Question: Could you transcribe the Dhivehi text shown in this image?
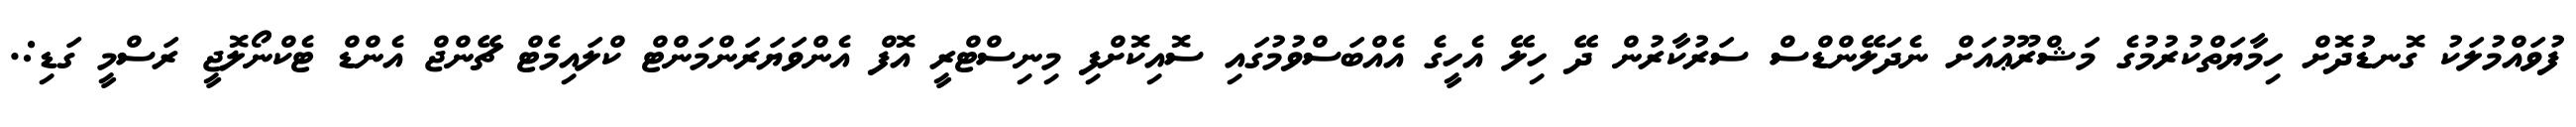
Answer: ފުވައްމުލަކު ގޮނޑުދޮށް ހިމާޔަތްކުރުމުގެ މަޝްރޫޢުއަށް ނެދަލޭންޑްސް ސަރުކާރުން ދޭ ހިލޭ އެހީގެ އެއްބަސްވުމުގައި ސޮއިކޮށްފި މިނިސްޓްރީ އޮފް އެންވަޔަރަންމަންޓް ކްލައިމެޓް ޗޭންޖް އެންޑް ޓެކްނޯލޮޖީ ރަސްމީ ގަޑި:.